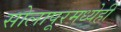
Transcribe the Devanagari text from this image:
सोलापूरमध्येही